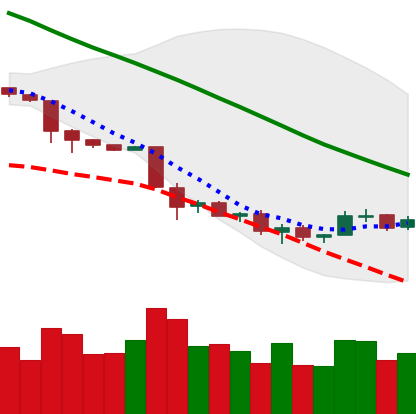
Ticker: NEO-USD
Chart end date: 2018-12-01
Forward return: -26.1%
Label: down_7plus